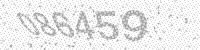
Solution: 086459